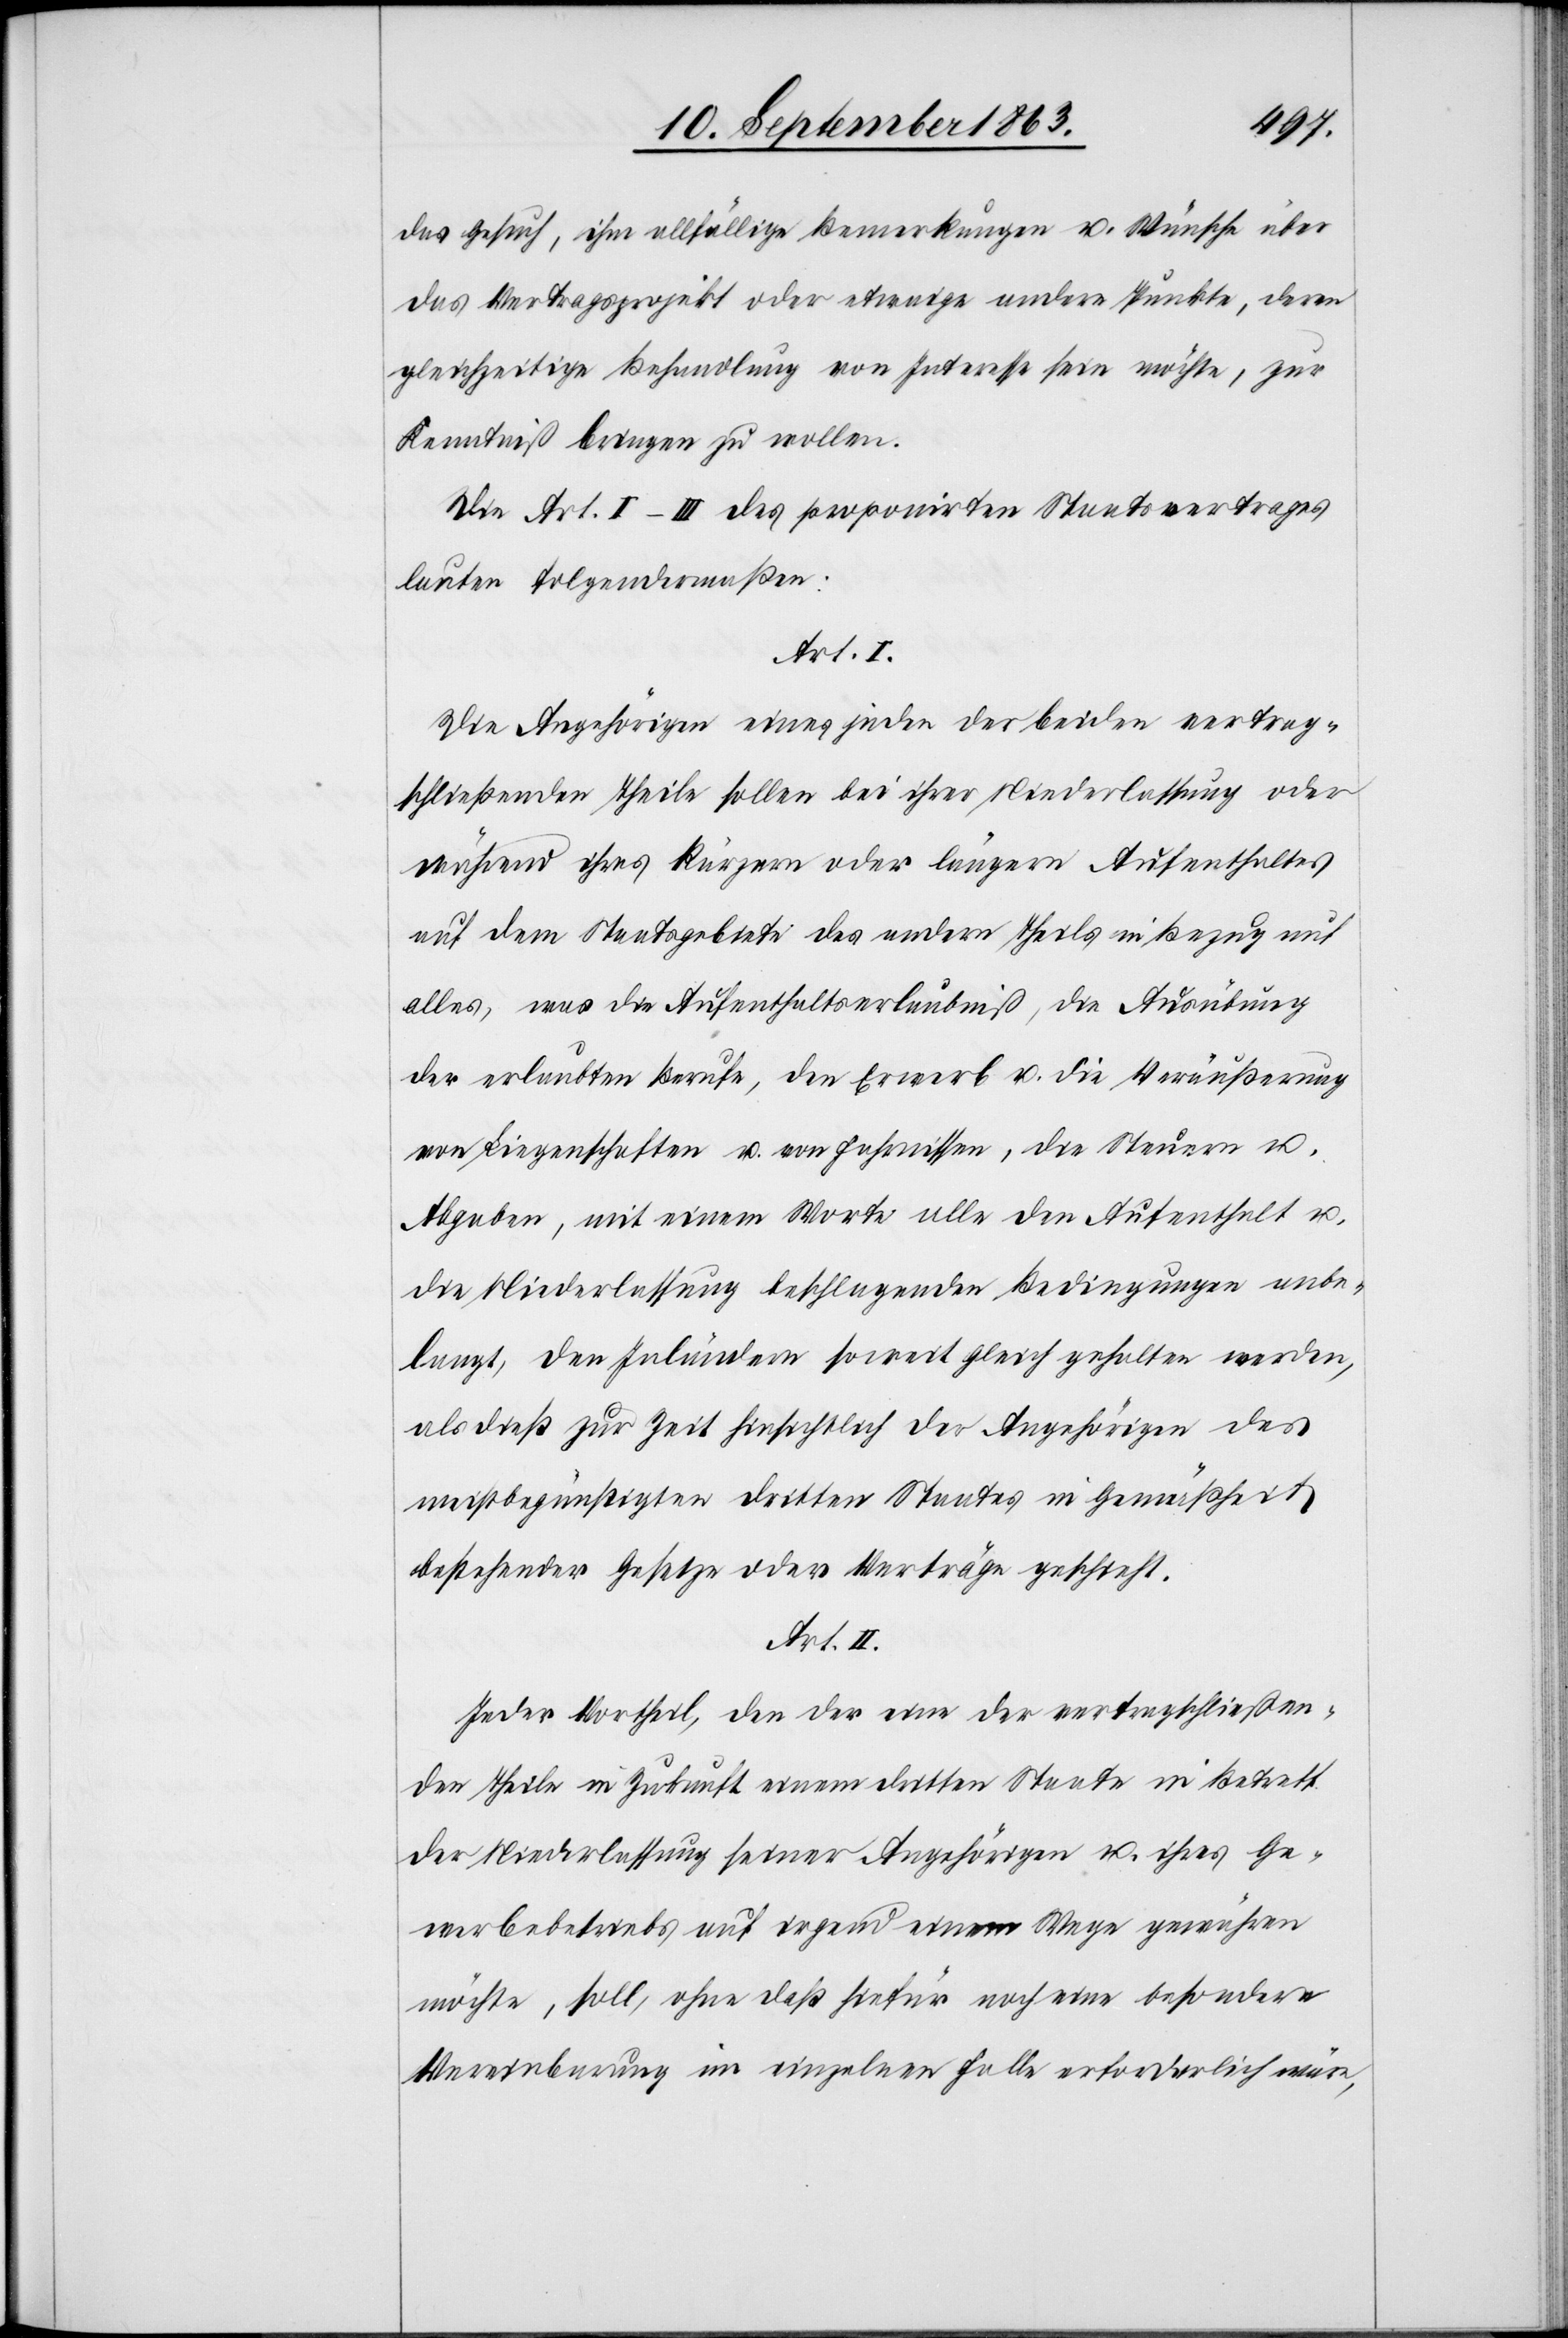
das Gesuch, ihm allfällige Bemerkungen u. Wünsche über
das Vertragsprojekt oder etwaige andere Punkte, deren
gleichzeitige Behandlung von Interesse sein möchte, zur
Kenntniß bringen zu wollen.
Die Art. I–III des proponirten Staatsvertrages
lauten folgendermaßen:
Art. II.
Die Angehörigen eines jeden der beiden vertrag¬
schließenden Theile sollen bei ihrer Niederlassung oder
während ihres kürzern oder längern Aufenthaltes
auf dem Staatsgebiete des andern Theils in Bezug auf
alles, was die Aufenthaltserlaubniß, die Ausübung
der erlaubten Berufe, den Erwerb u. die Veräußerung
von Liegenschaften u. von Fahrnissen, die Steuern u.
Abgabe, mit einem Worte alle den Aufenthalt u.
die Niederlassung beschlagenden Bedingungen anbe¬
langt, den Inländern soweit gleich gehalten werden,
als dieß zur Zeit hinsichtlich der Angehörigen des
meistbegünstigten dritten Staates in Gemäßheit
bestehender Gesetze oder Verträge geschieht.
Jeder Vortheil, den der eine der vertragschließen¬
den Theile in Zukunft einem dritten Staate in Betreff
der Niederlassung seiner Angehörigen u. ihres Ge¬
werbebetriebs auf irgend einem Wege gewähren
möchte, soll, ohne daß hiefür noch eine besondere
Vereinbarung im einzelnen Falle erforderlich wäre,